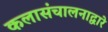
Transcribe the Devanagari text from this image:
कलासंचालनाद्वारे